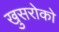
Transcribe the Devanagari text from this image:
खुसरोको